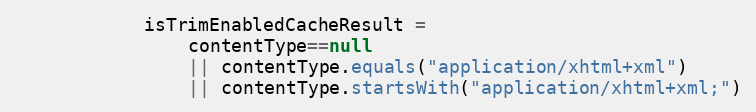
Language: Java
			isTrimEnabledCacheResult =
				contentType==null
				|| contentType.equals("application/xhtml+xml")
				|| contentType.startsWith("application/xhtml+xml;")